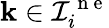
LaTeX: \mathbf{k}\in\mathcal{{I}}_{i}^{\mathrm{{~n~e~}}}